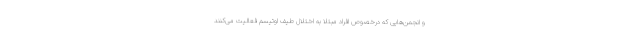
و انجمن‌هایی که درخصوص افراد مبتلا به اختلال طیف اوتیسم فعالیت می‌کنند